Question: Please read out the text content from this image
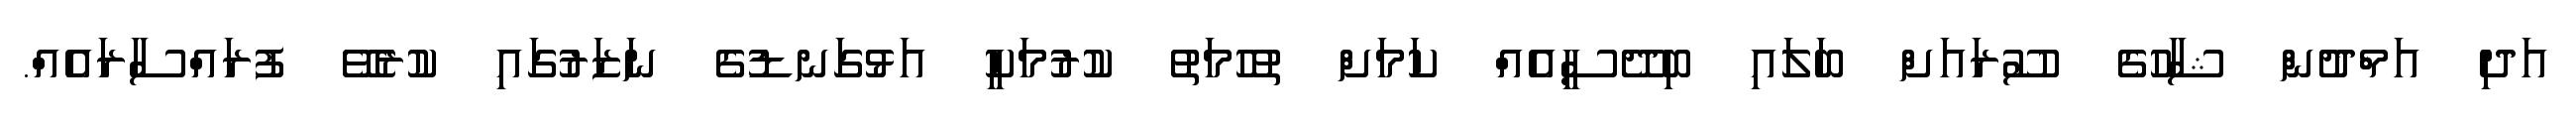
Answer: އަދި އަމްދުން ޝާހުގެ ސޫރައަށް ބަލައި ބިދޭސީއެއް ކަމަށް ތުހުމަތު ކުރުމަކީ އަޅުގަނޑުގެ ނަޒަރުގައި ކުރެވޭ ފުރައްސާރައެއް.